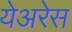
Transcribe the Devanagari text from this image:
येअरेस